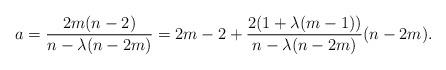
LaTeX: \begin{align*}a=\frac{2m(n-2)}{n-\lambda(n-2m)} = 2m-2+ \frac{2(1+\lambda(m-1))}{n-\lambda(n-2m)}(n-2m).\end{align*}